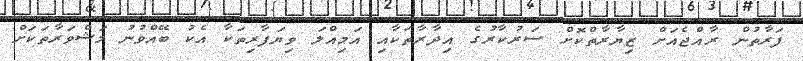
ފަރާތުން ރާއްޖެއަށް ޒިޔާރާތްކޮށް ސަރުކާރުގެ އިދާރާތަކާއި އަމިއްލަ ވިޔަފާރިތަކާ އެކު ބޭއްވުނު މަޝްވަރާތަކަށް